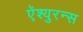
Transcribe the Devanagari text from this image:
ऍश्युरन्स